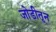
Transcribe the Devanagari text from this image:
जोडीतून